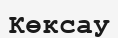
Көксау